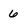
Character: 6